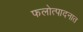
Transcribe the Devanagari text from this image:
फलोत्पादनात